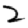
Digit: 2